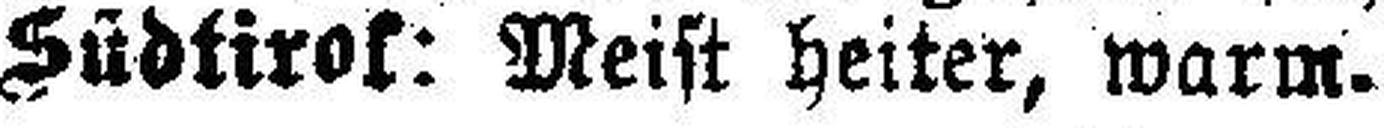
Südtirol: Meist heiter, warm.